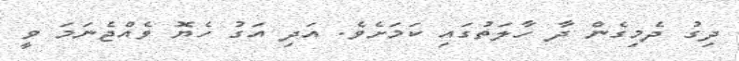
ދިގު ދެމިގެން ދާ ހާލަތުގައި ކަމަށެވެ. އަދި އަގު ހެޔޮ ވެއްޖެނަމަ ވީ